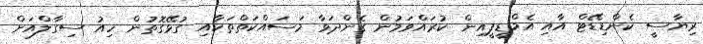
ރިޔާސީ ކެންޑިޑޭޓް އާއި އެމްޑީޕީއިން ކުރައްވަމުން ގެންދަވާ މަސައްކަތްތަކާއި ގުޅޭގޮތުން ހިއު ސިގާލްއަށް